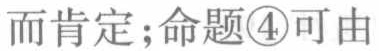
而肯定；命题\textcircled{4}可由